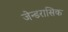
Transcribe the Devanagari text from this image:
जेन्डरासिक